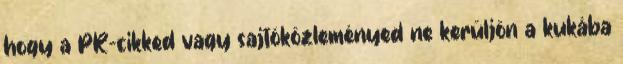
hogy a PR-cikked vagy sajtóközleményed ne kerüljön a kukába